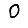
Digit: 0